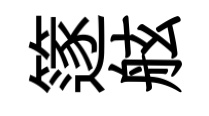
篴舷